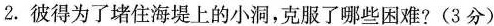
2.彼得为了堵住海堤上的小洞，克服了哪些困难?(3分)